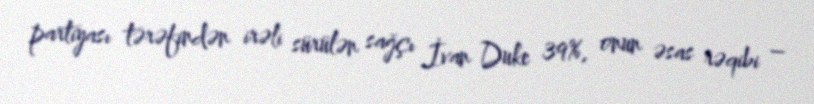
partiyası tərəfindən irəli sürülən sağçı İvan Duke 39%, onun əsas rəqibi –